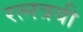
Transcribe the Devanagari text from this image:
रत्नत्रयी